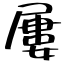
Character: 屢